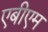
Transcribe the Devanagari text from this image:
एबीएम